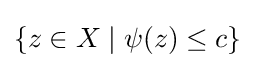
\{z\in X\mid \psi (z)\leq c\}